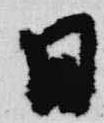
日